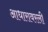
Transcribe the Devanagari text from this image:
आधारावरली